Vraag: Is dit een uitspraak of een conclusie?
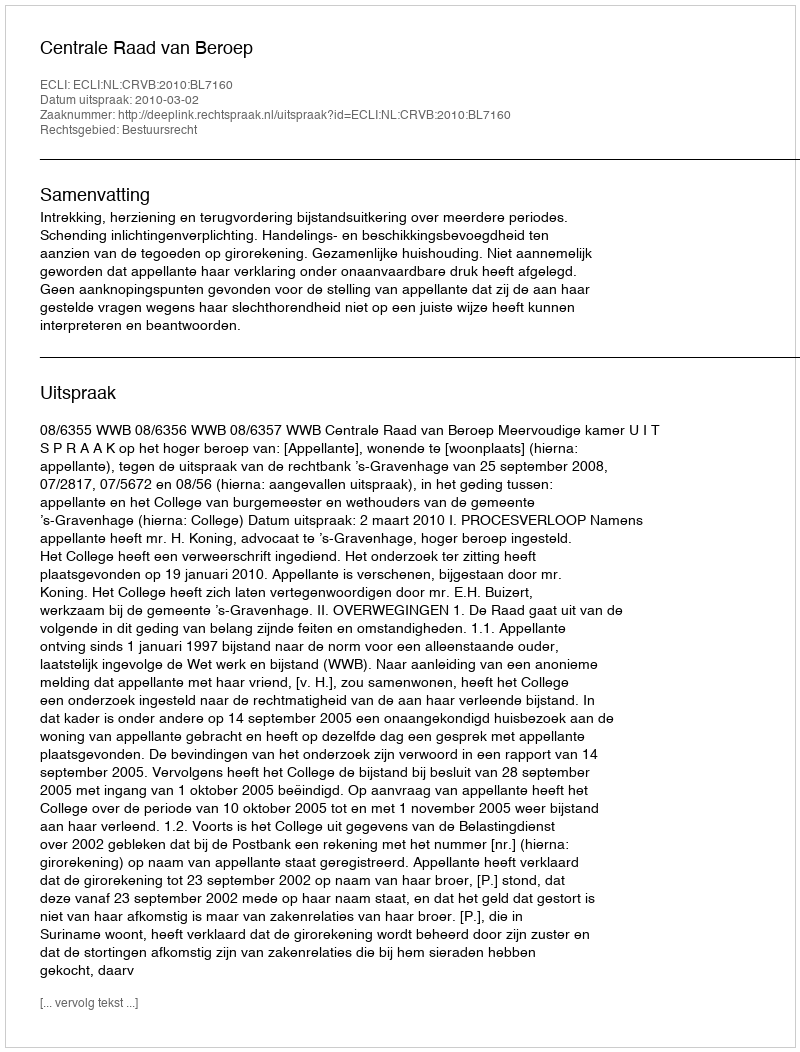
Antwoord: Uitspraak